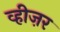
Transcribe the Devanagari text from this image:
व्हीज़र